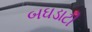
બઘડાટી